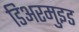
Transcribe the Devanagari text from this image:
डिअरमुइड